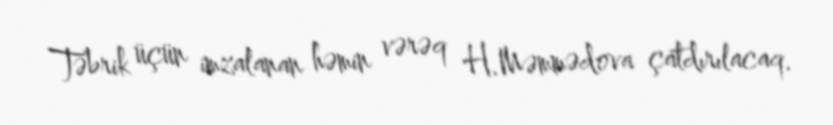
Təbrik üçün imzalanan həmin vərəq H.Məmmədova çatdırılacaq.